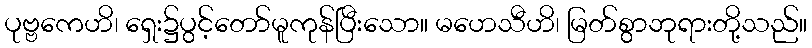
ပုဗ္ဗကေဟိ၊ ရှေး၌ပွင့်တော်မူကုန်ပြီးသော။ မဟေသီဟိ၊ မြတ်စွာဘုရားတို့သည်။